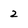
Character: 2